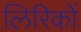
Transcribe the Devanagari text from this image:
लिरिकों